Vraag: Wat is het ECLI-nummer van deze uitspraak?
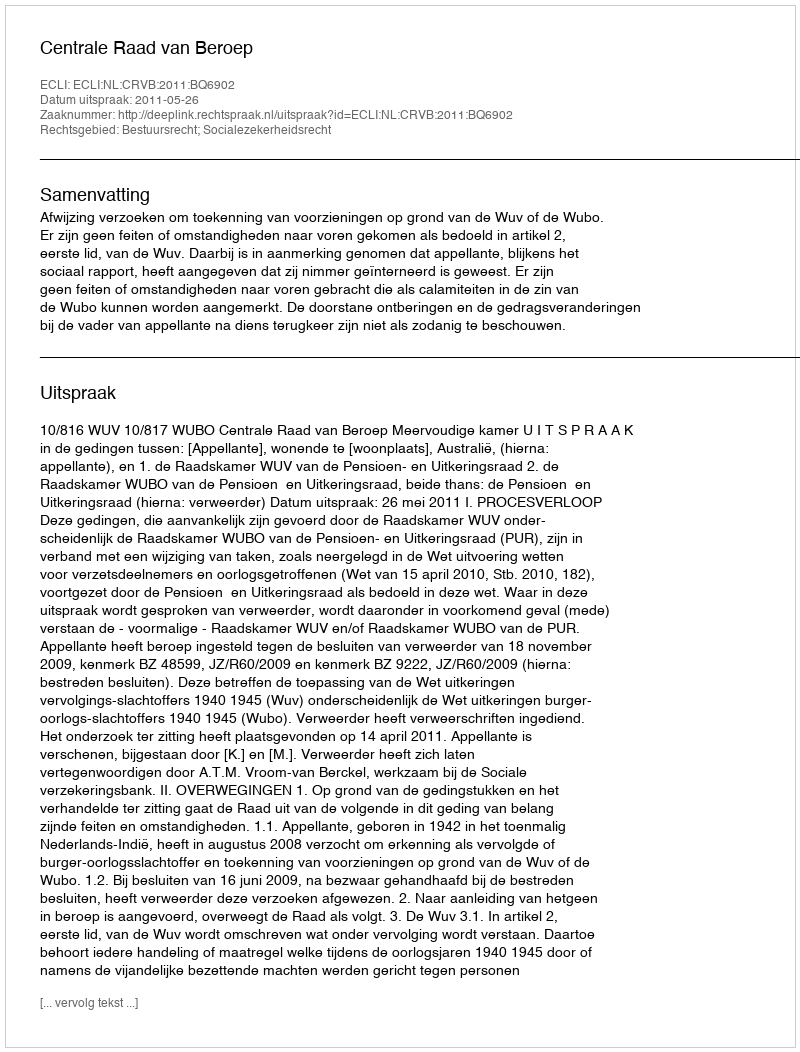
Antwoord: ECLI:NL:CRVB:2011:BQ6902